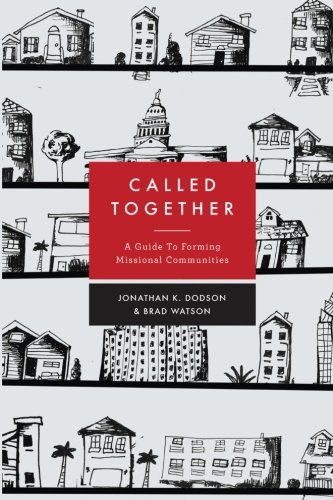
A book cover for Called Together: A Guide to Forming Missional Communities; Jonathan K. Dodson; Christian Books & Bibles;